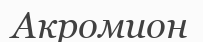
Акромион